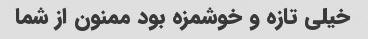
خیلی تازه و خوشمزه بود ممنون از شما